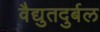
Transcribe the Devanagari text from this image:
वैद्युतदुर्बल